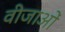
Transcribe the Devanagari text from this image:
वीजाओं